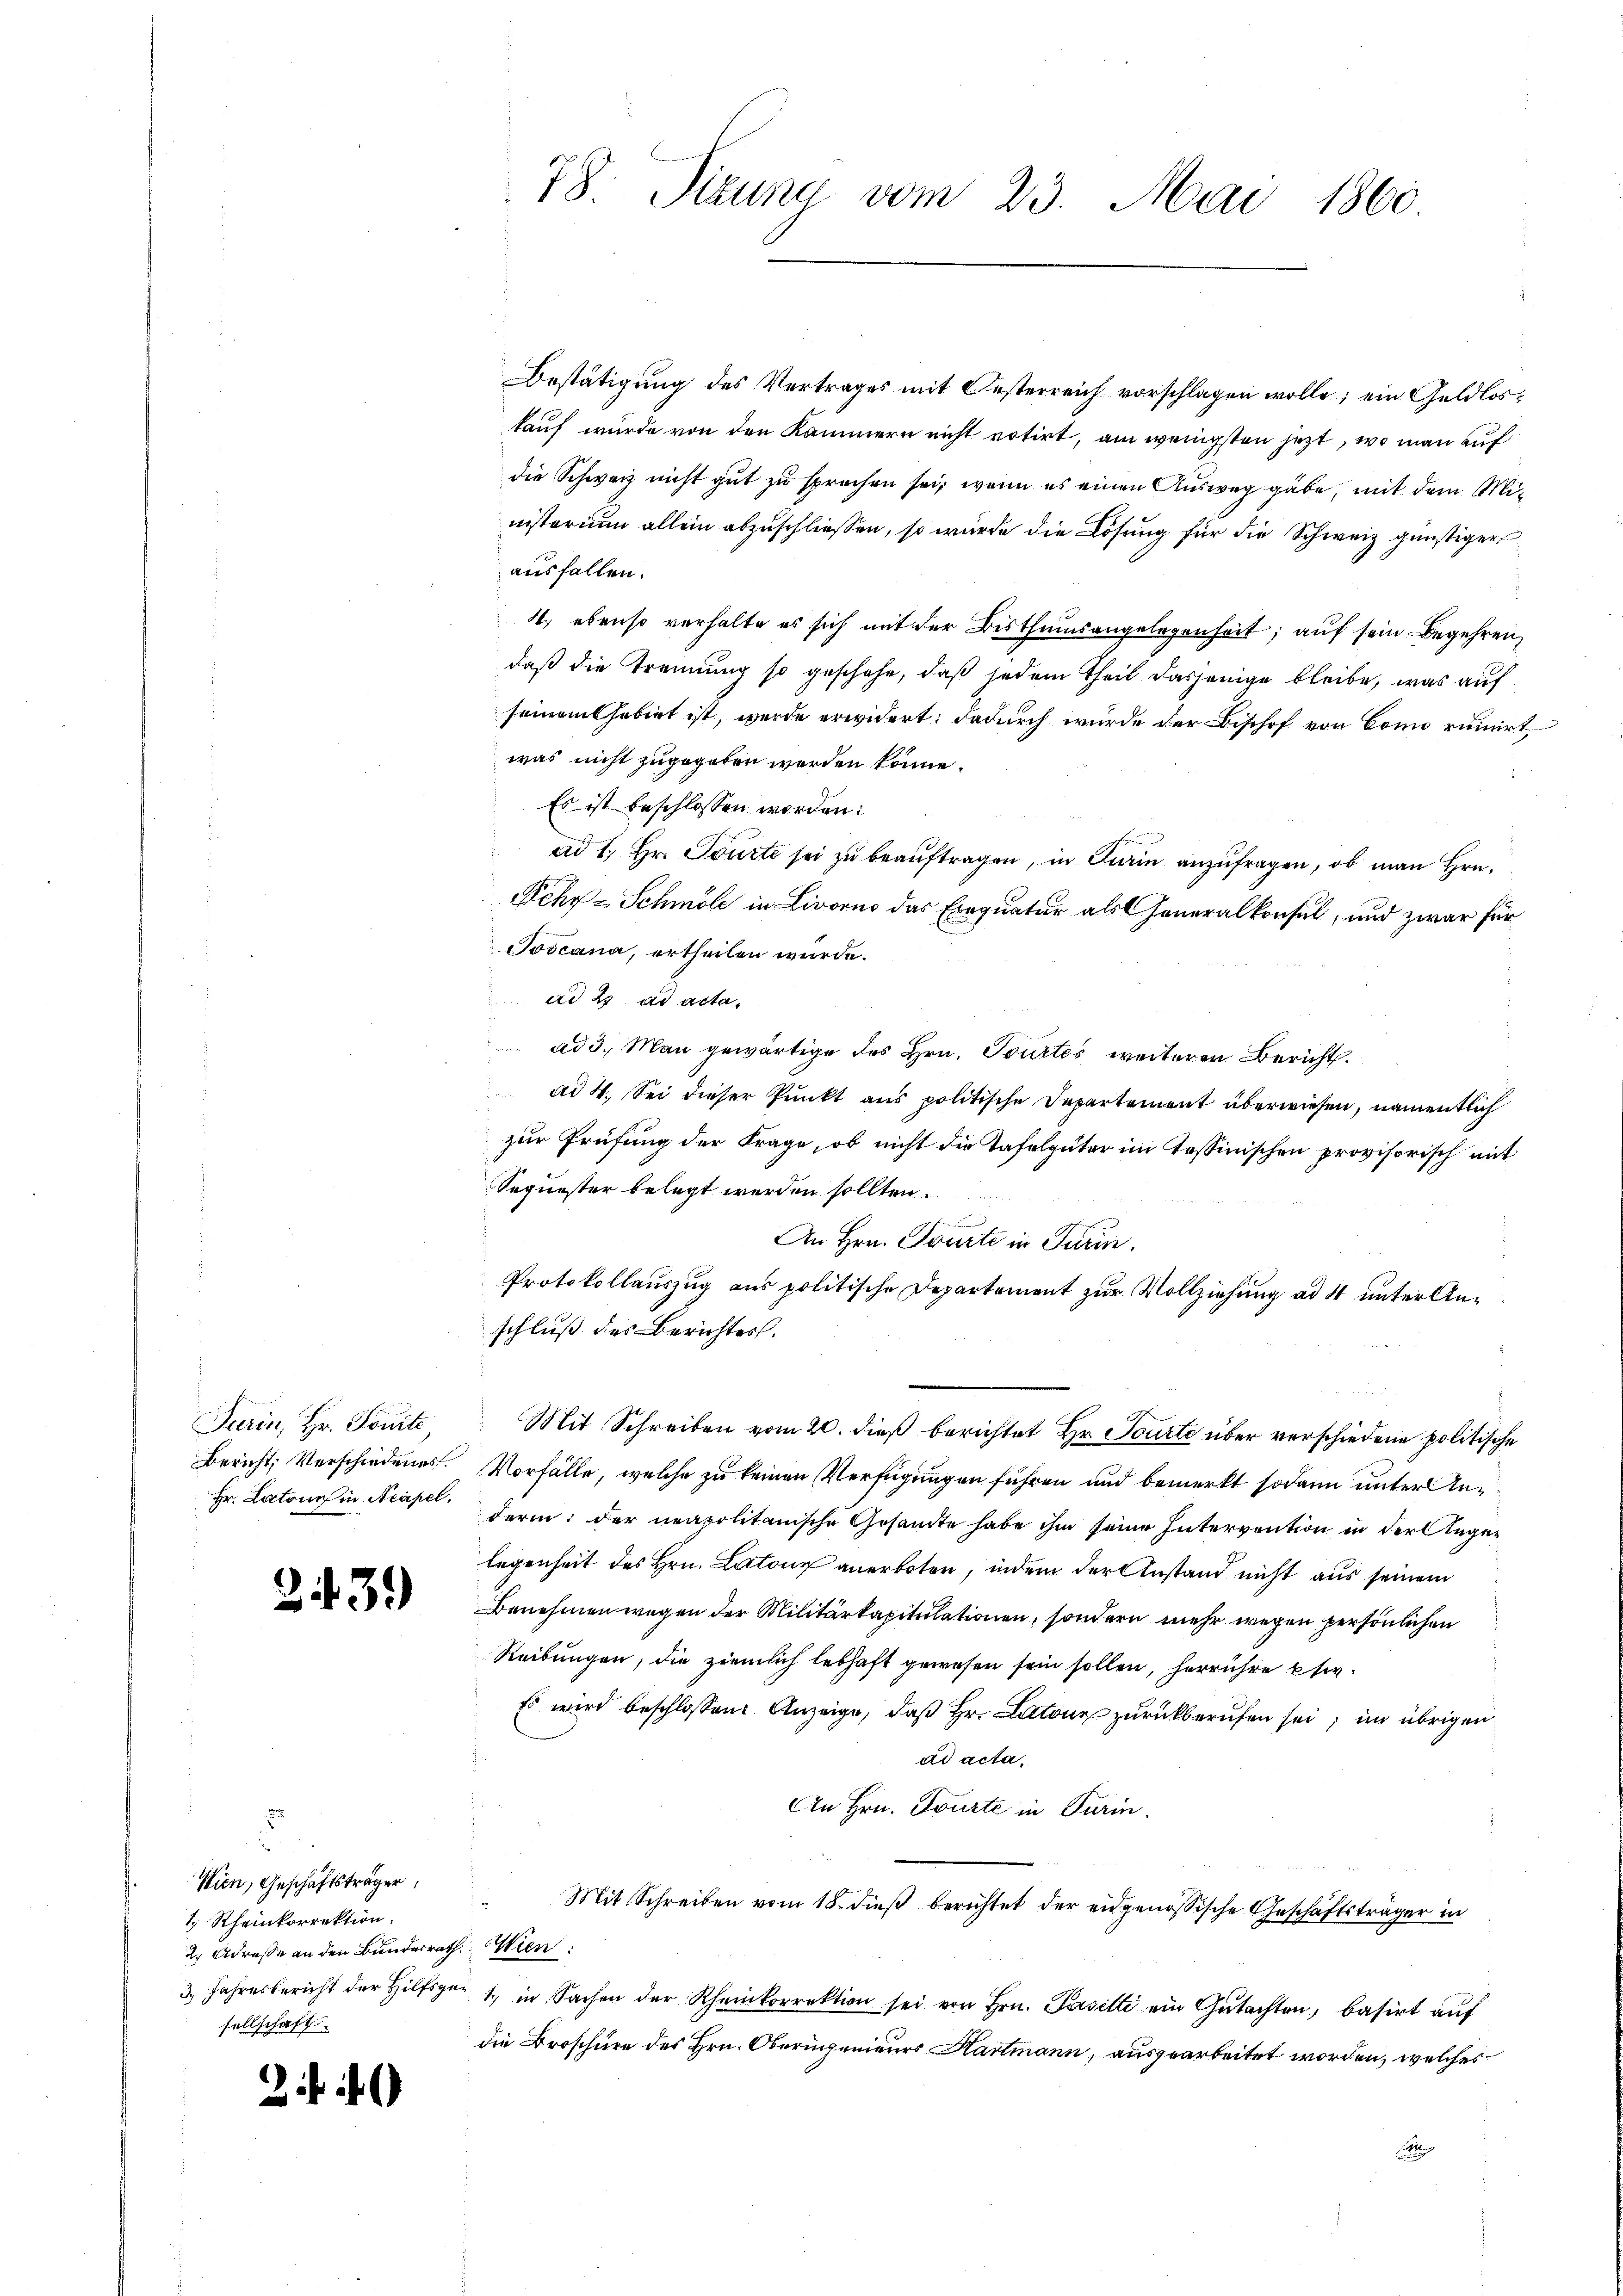
Turin, Hr. Somite

Wien, Geschäftsträger,
1 Rheinkorrektion.
2. Adresse an den Bundesrath Wien
sellschaft

Zif. 1.

Bestätigung des Vertrages mit Oesterreich vorschlagen wolle; ein Geldloskauf wurde von den Kammern nicht votirt, am wenigsten jetzt, wo man auf
die Schweiz nicht gut zu sprechen sei, wenn es einen Ausweg gäbe, mit dem Ministerium allein abzuschliessen, so würde die Lösung für die Schweiz günstiger
ausfallen.
4. ebenso verhalte es sich mit der Bisthumsangelegenheit; auf sein Begehren,
daß die Trennung so geschehe, daß jedem Theil dasjenige bleibe, was auf
seinem Gebiet ist, werde erwidert: dadurch wurde der Bischof von Como ruinirt,
was nicht zugegeben werden könne.
Es ist beschlossen worden:
ad 1. Hr. Tourte sei zu beauftragen, in darin anzufragen, ob man Hrn.
Pehr- Schmöle in Livorno das Exequatur als Generalkonsul, und zwar für
Joscana, ertheilen wurde.
ad 2. ad acta.
ad 3. Man gewärtige des Hrn. Tourtes weiteren Bericht.
ad 4. Sei dieser Punkt aus politische Departement überwiesen, namentlich
zur Prüfung der Frage, ob nicht die Tafelgüter im Tessinischen provisorisch mit
Sequester belegt werden sollten.
An Hrn. Tourte in Turin.
Protokollauszug aus politische Departement zur Vollziehung ad 4 unter Anschluß des Berichtes.
Mit Schreiben vom 20. dieß berichtet Hr. Tourte über verschiedene politische
Bericht, Verschiedenes. Vorfälle, welche zu keinen Verfügungen führen und bemerkt sodann unter An¬
Hr. Latone in Maße dere: der neapolitanische Gesandte habe ihm seine Intervention in der Angelegenheit des Hrn. Lutons anerboten, indem der Anstand nicht aus seinem
 Benehmen wegen der Militärkapitulationen, sondern mehr wegen persönlichen
Reibungen, die ziemlich lebhaft gewesen sein sollen, herrühre etw
Es wird beschlossen: Anzeige, daβ hr. Latone zurückberufen sei; im übrigen
ad acta.
An Hrn. Tourte in Turin.
Mit Schreiben vom 18. dieß berichtet der eidgenössische Geschäftsträger in
3. Jahresbericht der Hilfsge 1 in Sachen der Rheinkorrektion sei von Hrn. Pasitti ein Gŭtachten, basirt aŭf
die Broschüre des Hrn. Oberingenieurs Hartmann, ausgearbeitet worden, welches
Fülle

78. Sizung vom 23. Mai 1860.